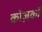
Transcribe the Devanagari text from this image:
कोज़कों